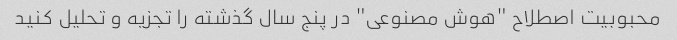
محبوبیت اصطلاح "هوش مصنوعی" در پنج سال گذشته را تجزیه و تحلیل کنید